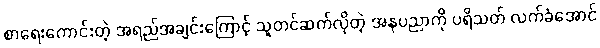
စာရေးကောင်းတဲ့ အရည်အချင်းကြောင့် သူတင်ဆက်လိုတဲ့ အနုပညာကို ပရိသတ် လက်ခံအောင်